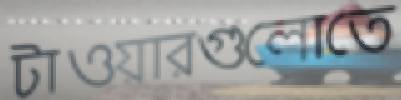
টাওয়ারগুলোতে